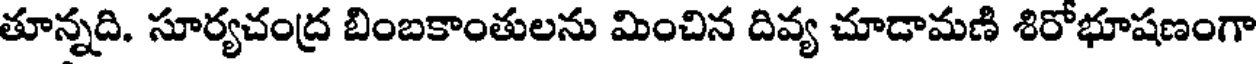
తూన్నది. సూర్యచంద్ర బింబకాంతులను మించిన దివ్య చూడామణి శిరోభూషణంగా